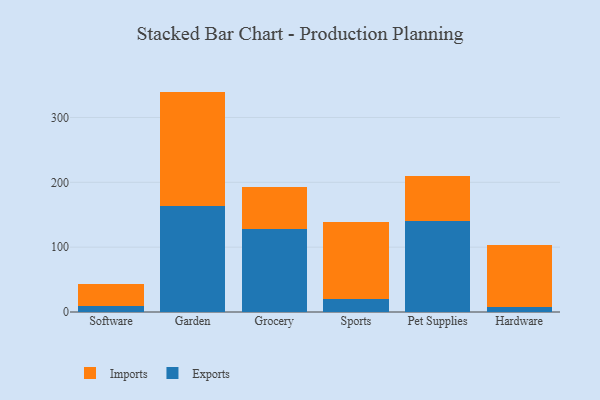
{"axis": {"x": "Category", "y": "Customer Acquisition Cost (USD)"}, "legend": ["Exports", "Imports"], "data": [{"x": "Software", "y": 9.0, "type": "Exports"}, {"x": "Software", "y": 33.6, "type": "Imports"}, {"x": "Garden", "y": 163.1, "type": "Exports"}, {"x": "Garden", "y": 176.8, "type": "Imports"}, {"x": "Grocery", "y": 128.0, "type": "Exports"}, {"x": "Grocery", "y": 64.6, "type": "Imports"}, {"x": "Sports", "y": 19.7, "type": "Exports"}, {"x": "Sports", "y": 118.6, "type": "Imports"}, {"x": "Pet Supplies", "y": 140.2, "type": "Exports"}, {"x": "Pet Supplies", "y": 70.1, "type": "Imports"}, {"x": "Hardware", "y": 8.0, "type": "Exports"}, {"x": "Hardware", "y": 95.2, "type": "Imports"}]}